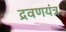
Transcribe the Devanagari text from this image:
द्रवणयंत्र